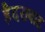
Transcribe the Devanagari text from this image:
हैैदराबाद